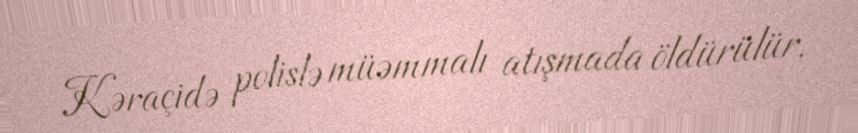
Kəraçidə polislə müəmmalı atışmada öldürülür.